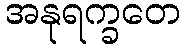
အနုရက္ခတေ